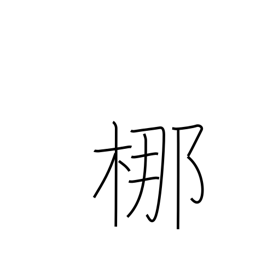
Meaning: type of tall evergreen tree